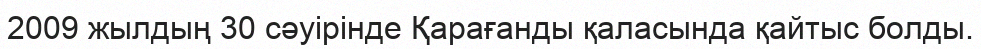
2009 жылдың 30 сәуірінде Қарағанды қаласында қайтыс болды.